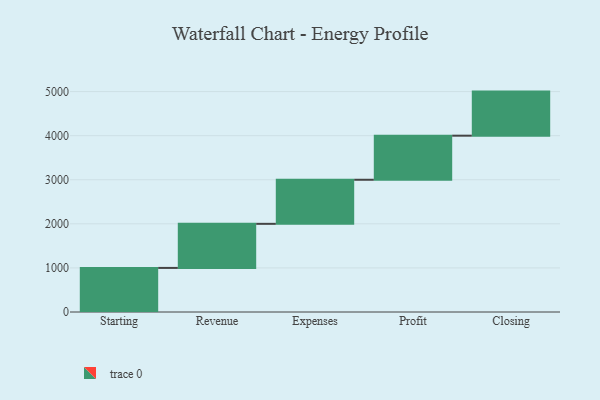
{"axis": {"x": "Step", "y": "Value"}, "legend": [""], "data": [{"x": "Starting", "y": 1000, "type": ""}, {"x": "Revenue", "y": 1000, "type": ""}, {"x": "Expenses", "y": 1000, "type": ""}, {"x": "Profit", "y": 1000, "type": ""}, {"x": "Closing", "y": 1000, "type": ""}]}